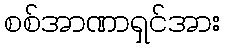
စစ်အာဏာရှင်အား